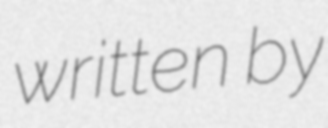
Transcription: written by